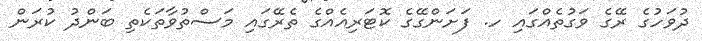
ދުވަހުގެ ރޭގެ ވަގުތެއްގައި ހ. ފަށަންގޭގެ ކޮޓަރިއެއްގެ ތެރޭގައި މަސްތުވާތަކެތި ބަންދު ކުރަން